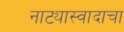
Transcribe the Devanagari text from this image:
नाट्यास्वादाचा